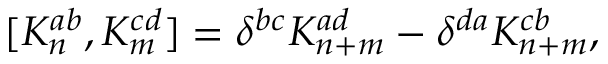
[ K _ { n } ^ { a b } , K _ { m } ^ { c d } ] = \delta ^ { b c } K _ { n + m } ^ { a d } - \delta ^ { d a } K _ { n + m } ^ { c b } ,